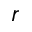
r